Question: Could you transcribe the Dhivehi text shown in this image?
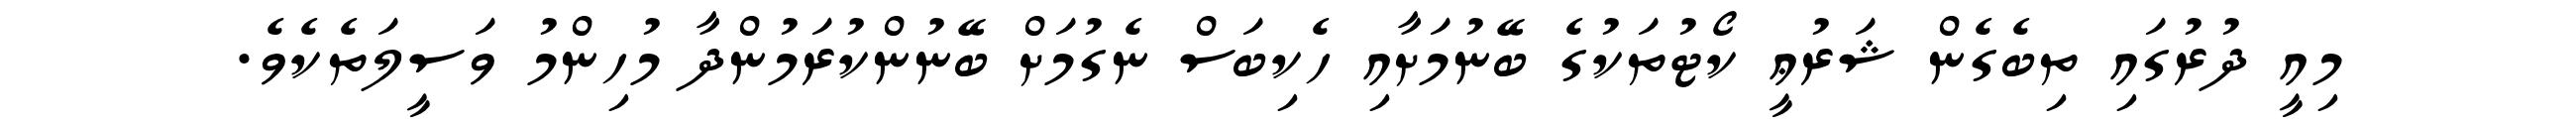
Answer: މިއީ ދުރުގައި ތިބެގެން ޝަރުޢީ ކޯޓުތަކުގެ ބޭނުމަށާއި ހެކިބަސް ނެގުމަށް ބޭނުންކުރަމުންދާ މުހިންމު ވަސީލަތެކެވެ.